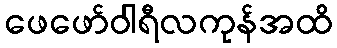
ဖေဖော်ဝါရီလကုန်အထိ